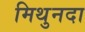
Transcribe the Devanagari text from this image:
मिथुनदा